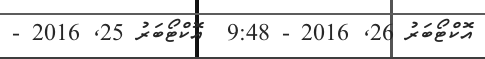
އޮކްޓޯބަރު 26